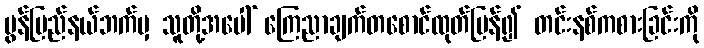
မွန်ပြည်နယ်ဘက်မှ သူတို့အပေါ် ကြေညာချက်တစောင်ထုတ်ပြန်၍ တင်းနစ်ကစားခြင်းကို